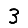
Digit: 3